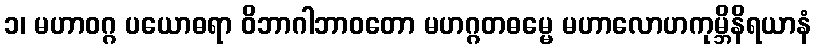
၁၊ မဟာဝဂ္ဂ ပယောဓရာ ဝိဘာဂါဘာဝတော မဟဂ္ဂတဓမ္မေ မဟာလောဟကုမ္ဘိနိရယာနံ